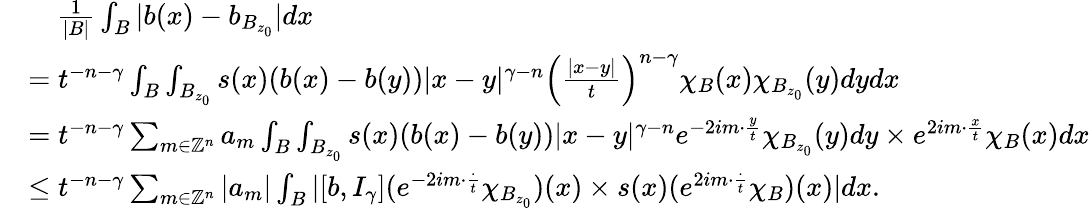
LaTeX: \begin{array}{rl}&{\quad\frac{1}{|B|}\int_{B}|b(x)-b_{B_{z_{0}}}|dx}\\ &{=t^{-n-\gamma}\int_{B}\int_{B_{z_{0}}}s(x)(b(x)-b(y))|x-y|^{\gamma-n}\left(\frac{|x-y|}{t}\right)^{n-\gamma}\chi_{B}(x)\chi_{B_{z_{0}}}(y)dydx}\\ &{=t^{-n-\gamma}\sum_{m\in\mathbb{Z}^{n}}a_{m}\int_{B}\int_{B_{z_{0}}}s(x)(b(x)-b(y))|x-y|^{\gamma-n}e^{-2im\cdot\frac{y}{t}}\chi_{B_{z_{0}}}(y)dy\times e^{2im\cdot\frac{x}{t}}\chi_{B}(x)dx}\\ &{\leq t^{-n-\gamma}\sum_{m\in\mathbb{Z}^{n}}|a_{m}|\int_{B}|[b,I_{\gamma}](e^{-2im\cdot\frac{\cdot}{t}}\chi_{B_{z_{0}}})(x)\times s(x)(e^{2im\cdot\frac{\cdot}{t}}\chi_{B})(x)|dx.}\end{array}